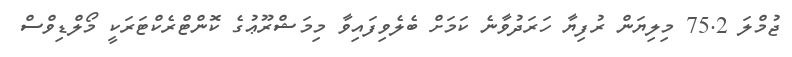
ޖުމްލަ 75.2 މިލިޔަން ރުފިޔާ ހަރަދުވާނެ ކަމަށް ބެލެވިފައިވާ މިމަޝްރޫޢުގެ ކޮންޓްރެކްޓަރަކީ މޯލްޑިވްސް